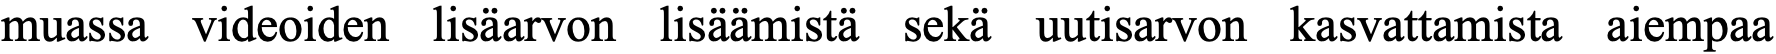
muassa videoiden lisäarvon lisäämistä sekä uutisarvon kasvattamista aiempaa